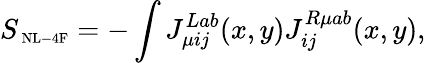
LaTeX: S_{\mathrm{{\scriptsize~NL-4F}}}=-\int J_{\mu ij}^{Lab}(x,y)J_{ij}^{R\mu ab}(x,y),